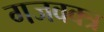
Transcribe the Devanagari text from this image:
गजवक्त्र